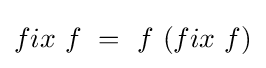
fix\ f\ =\ f\ (fix\ f)